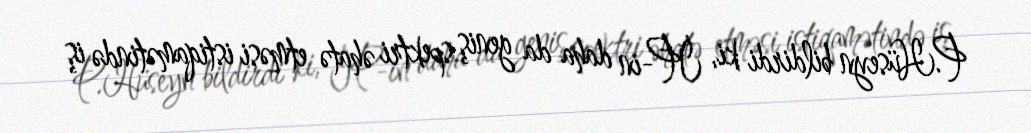
P.Hüseyn bildirdi ki, İP-in daha da geniş spektri əhatə etməsi istiqamətində iş